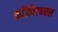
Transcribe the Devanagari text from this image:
काँक्रीटवरल